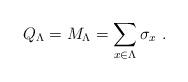
LaTeX: \begin{align*}{Q}_{\Lambda} = {M}_{\Lambda} = \sum_{{x} \in \Lambda} {\sigma}_{{x}} \ .\end{align*}